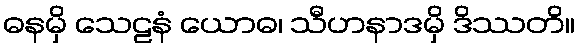
ဓနမှိ သေဠနံ ယောဓ၊ သီဟနာဒမှိ ဒိဿတိ။